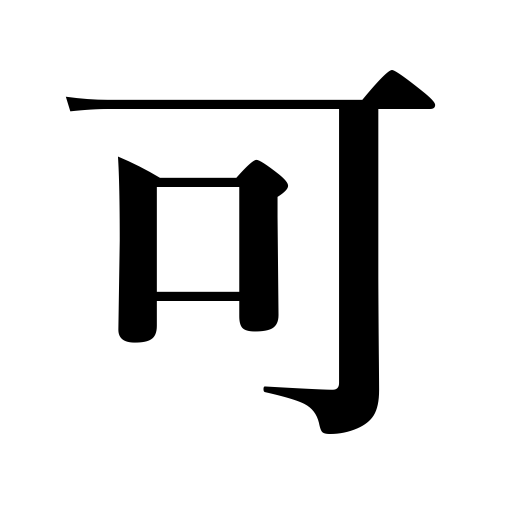
Meanings: ability to do,passable,good,safe to say,approval